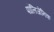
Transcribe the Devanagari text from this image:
पॉलिजेनिक